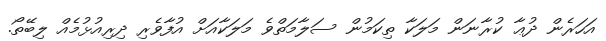
އަހަރެން ދުޢާ ކުރާނަން މަލަކާ ތިކަމުން ސަލާމަތްވެ މަލަކާއަށް އުފާވެރި ދިރިއުޅުމެއް ލިބޭތޯ.